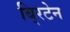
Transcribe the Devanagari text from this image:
बि्रटेन